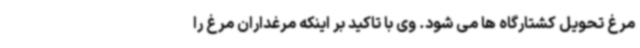
مرغ تحویل کشتارگاه ها می شود. وی با تاکید بر اینکه مرغداران مرغ را